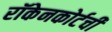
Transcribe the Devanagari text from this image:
रॉकेनकोर्टची